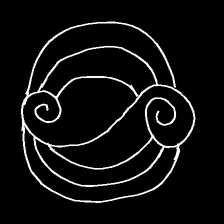
Glyph: wind-underfoot